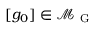
[ g _ { 0 } ] \in \mathcal { M } _ { \mathrm { ~ G ~ } }